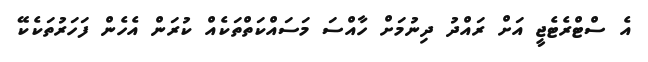
އެ ސްޓްރެޓެޖީ އަށް ރައްދު ދިނުމަށް ހާއްސަ މަސައްކަތްތަކެއް ކުރަން އެހެން ފަހަރުތަކެކޭ